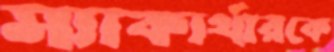
ম্যাকার্থারকে